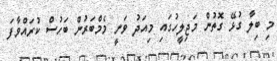
މި ބިލާ ގުޅޭ ގޮތުން މަޖިލީހުގައި މިއަދު ވަނީ މެމްބަރުން ބަހުސް ކުރައްވާފަ